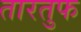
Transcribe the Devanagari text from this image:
तारतुफ